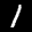
Label: 1